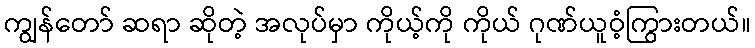
ကျွန်တော် ဆရာ ဆိုတဲ့ အလုပ်မှာ ကိုယ့်ကို ကိုယ် ဂုဏ်ယူဝံ့ကြွားတယ်။